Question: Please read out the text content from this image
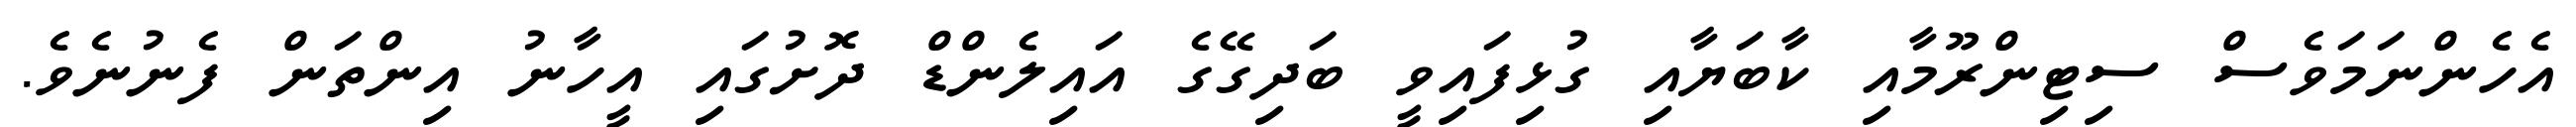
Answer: އެހެންނަމަވެސް ސިޓިންރޫމާއި ކާބަޔާއި ގުޅިފައިވީ ބަދިގޭގެ އައިލެންޑް ދޮށުގައި އީހާނު އިންތަން ފެނުނެވެ.